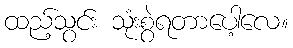
ထည့်သွင်း သုံးစွဲရတာပေါ့လေ။